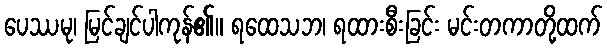
ပေဿမု၊ မြင်ချင်ပါကုန်၏။ ရထေသဘ၊ ရထားစီးခြင်း မင်းတကာတို့ထက်